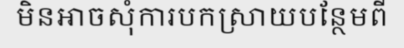
មិនអាចសុំការបកស្រាយបន្ថែមពី